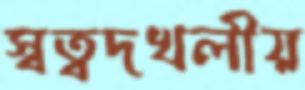
স্বত্বদখলীয়